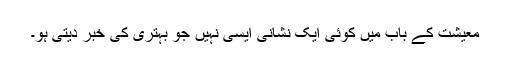
معیشت کے باب میں کوئی ایک نشانی ایسی نہیں جو بہتری کی خبر دیتی ہو۔